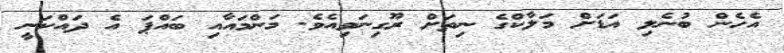
އެހެން ބުނެލި އަޑަށް މަލާކްގެ ނިތަށް ރޫގިނަވިއެވެ. މަންމައާއި ބައްޕަ އެ ދައްކަނީ